Code of medical and sanitary regulations for the guidance of medical officers serving in the Madras Presidency - Volume I
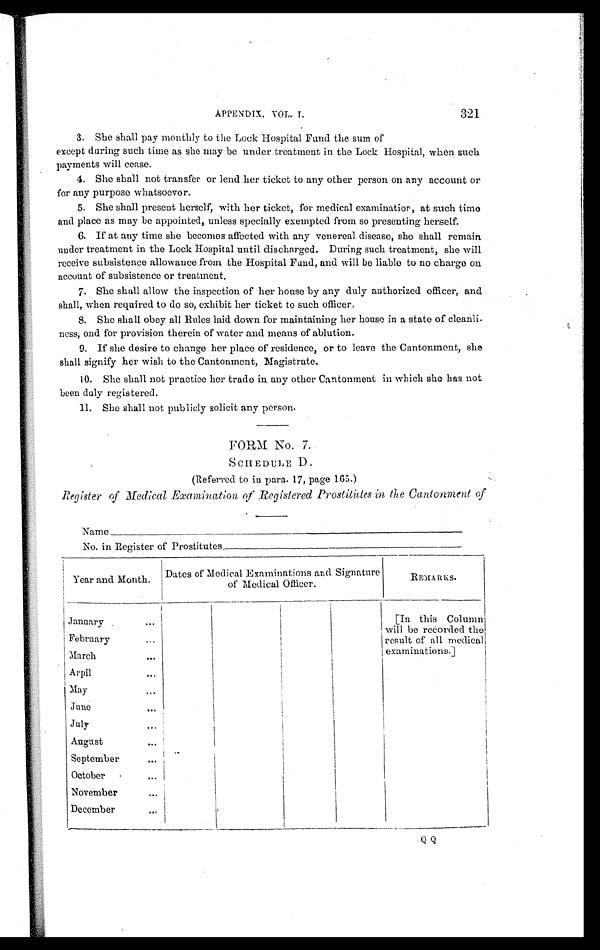
APPENDIX. VOL. I.
321
3. She shall pay monthly to the Lock Hospital Fund the sum of
except during such time as she may be under treatment in the Lock Hospital, when such
payments will cease.
4. She shall not transfer or lend her ticket to any other person on any account or
for any purpose whatsoever.
5. She shall present herself, with her ticket, for medical examinatior, at such time
and place as may be appointed, unless specially exempted from so presenting herself.
6. If at any time she becomes affected with any venereal disease, she shall remain
under treatment in the Lock Hospital until discharged. During such treatment, she will
receive subsistence allowance from the Hospital Fund, and will be liable to no charge on
account of subsistence or treatment.
7. She shall allow the inspection of her house by any duly authorized officer, and
shall, when required to do so, exhibit her ticket to such officer.
8. She shall obey all Rules laid down for maintaining her house in a state of cleanli-
ness, and for provision therein of water and means of ablution.
9. If she desire to change her place of residence, or to leave the Cantonment, she
shall signify her wish to the Cantonment, Magistrate.
10. She shall not practice her trade in any other Cantonment in which she has not
been duly registered.
11. She shall not publicly solicit any person.
FORM No. 7.
SCHEDULE D.
(Referred to in para. 17, page 165.)
Register of Medical Examination of Registered Prostitutes in the Cantonment of
Na me _ _ _ _ _ _ _ _ _ _ _ _ _ _ _ _ _ _ _ _ _ _ _ _ _ _ _ _ _ _ _ _ _ _ _ _ _ _ _ _ _ _ _ _ _ _ _ _ _
No. in Register of Prostitutes_________________________________
Year and Month. Dates of Medical Examinations and Signature
of Medical Officer.
REMARKS.
January
...
[In this Column
will be recorded the
of all medical
examinations.]
February...
March
Arpil
...
May
...
June
...
July
...
August
...
September ...
October
...
November
...
December ...
QQ